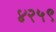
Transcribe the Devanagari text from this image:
४२५९